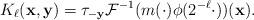
LaTeX: \begin{align*}K_\ell (\mathbf{x},\mathbf{y})=\tau_{-\mathbf{y}}\mathcal{F}^{-1}(m(\cdot)\phi(2^{-\ell} \cdot))(\mathbf{x}).\end{align*}